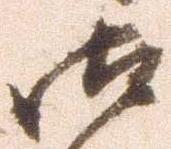
御